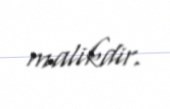
malikdir.